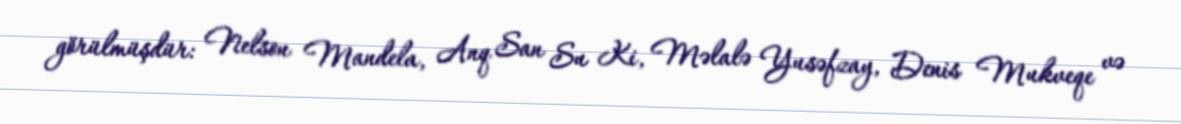
görülmüşdür: Nelson Mandela, Anq San Su Ki, Məlalə Yusəfzay, Denis Mukveqe və